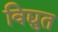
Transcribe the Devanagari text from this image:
विद्युत